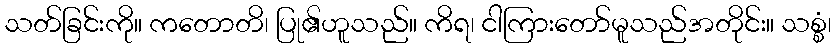
သတ်ခြင်းကို။ ကတောတိ၊ ပြု၏ဟူသည်။ ကိရ၊ ငါကြားတော်မူသည်အတိုင်း။ သစ္စံ၊